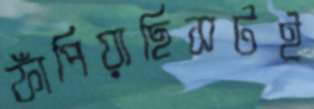
ফাঁপিয়াছিসটই